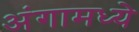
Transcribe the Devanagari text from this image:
अंगामध्ये